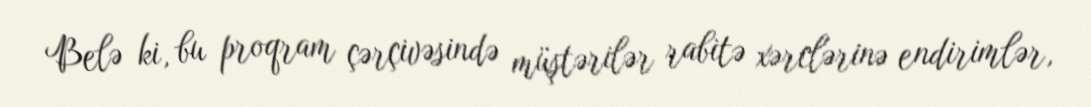
Belə ki, bu proqram çərçivəsində müştərilər rabitə xərclərinə endirimlər,